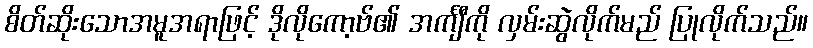
စိတ်ဆိုးသောအမူအရာဖြင့် ဒိုလိုကော့ဗ်၏ အင်္ကျီကို လှမ်းဆွဲလိုက်မည် ပြုလိုက်သည်။